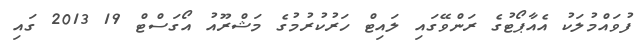
ފުވައްމުލަކު އެެއާޕޯޓުގެ ރަންވޭގައި ލައިޓް ހަރުކުރުމުގެ މަޝްރޫއު އޯގަސްޓް 19 2013 ގައި